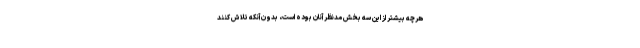
هرچه بیشتر از این سه بخش مدنظر آنان بوده است، بدون آنکه تلاش کنند